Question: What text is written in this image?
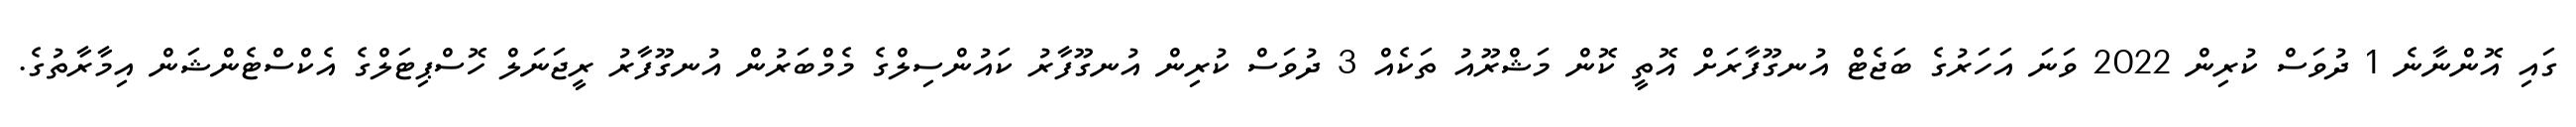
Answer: ގައި އޮންނާނެ 1 ދުވަސް ކުރިން 2022 ވަނަ އަހަރުގެ ބަޖެޓް އުނގޫފާރަށް އޮތީ ކޮން މަޝްރޫއު ތަކެއް 3 ދުވަސް ކުރިން އުނގޫފާރު ކައުންސިލްގެ މެމްބަރުން އުނގޫފާރު ރީޖަނަލް ހޮސްޕިޓަލްގެ އެކްސްޓެންޝަން އިމާރާތުގެ.